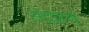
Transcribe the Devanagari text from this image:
सदारण